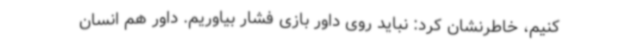
کنیم، خاطرنشان کرد: نباید روی داور بازی فشار بیاوریم. داور هم انسان